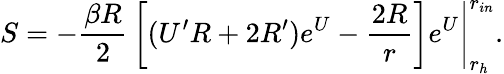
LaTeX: S=-\left.{\frac{\beta R}{2}}\left[(U^{\prime}R+2R^{\prime})e^{U}-{\frac{2R}{r}}\right]e^{U}\right|_{r_{h}}^{r_{in}}.